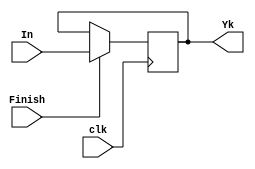
`timescale 1ns / 1ps
//////////////////////////////////////////////////////////////////////////////////
// Company: 
// Engineer: 
// 
// Design Name: 
// Module Name:    Registro_Yk 
// Project Name: 
// Target Devices: 
// Tool versions: 
// Description: 
//
// Dependencies: 
//
// Revision: 
// Revision 0.01 - File Created
// Additional Comments: 
//
//////////////////////////////////////////////////////////////////////////////////
module Registro_Yk #(parameter N = 25 /* Valor de N*/)(
	input wire signed [N-1:0] In,
	input wire Finish,clk,
	output reg signed [N-1:0] Yk
    );

initial
begin
Yk = 0;
end

	always@(posedge clk)
		begin
			if(Finish)
				Yk <= In;
			else
				Yk  <= Yk;
		end

endmodule